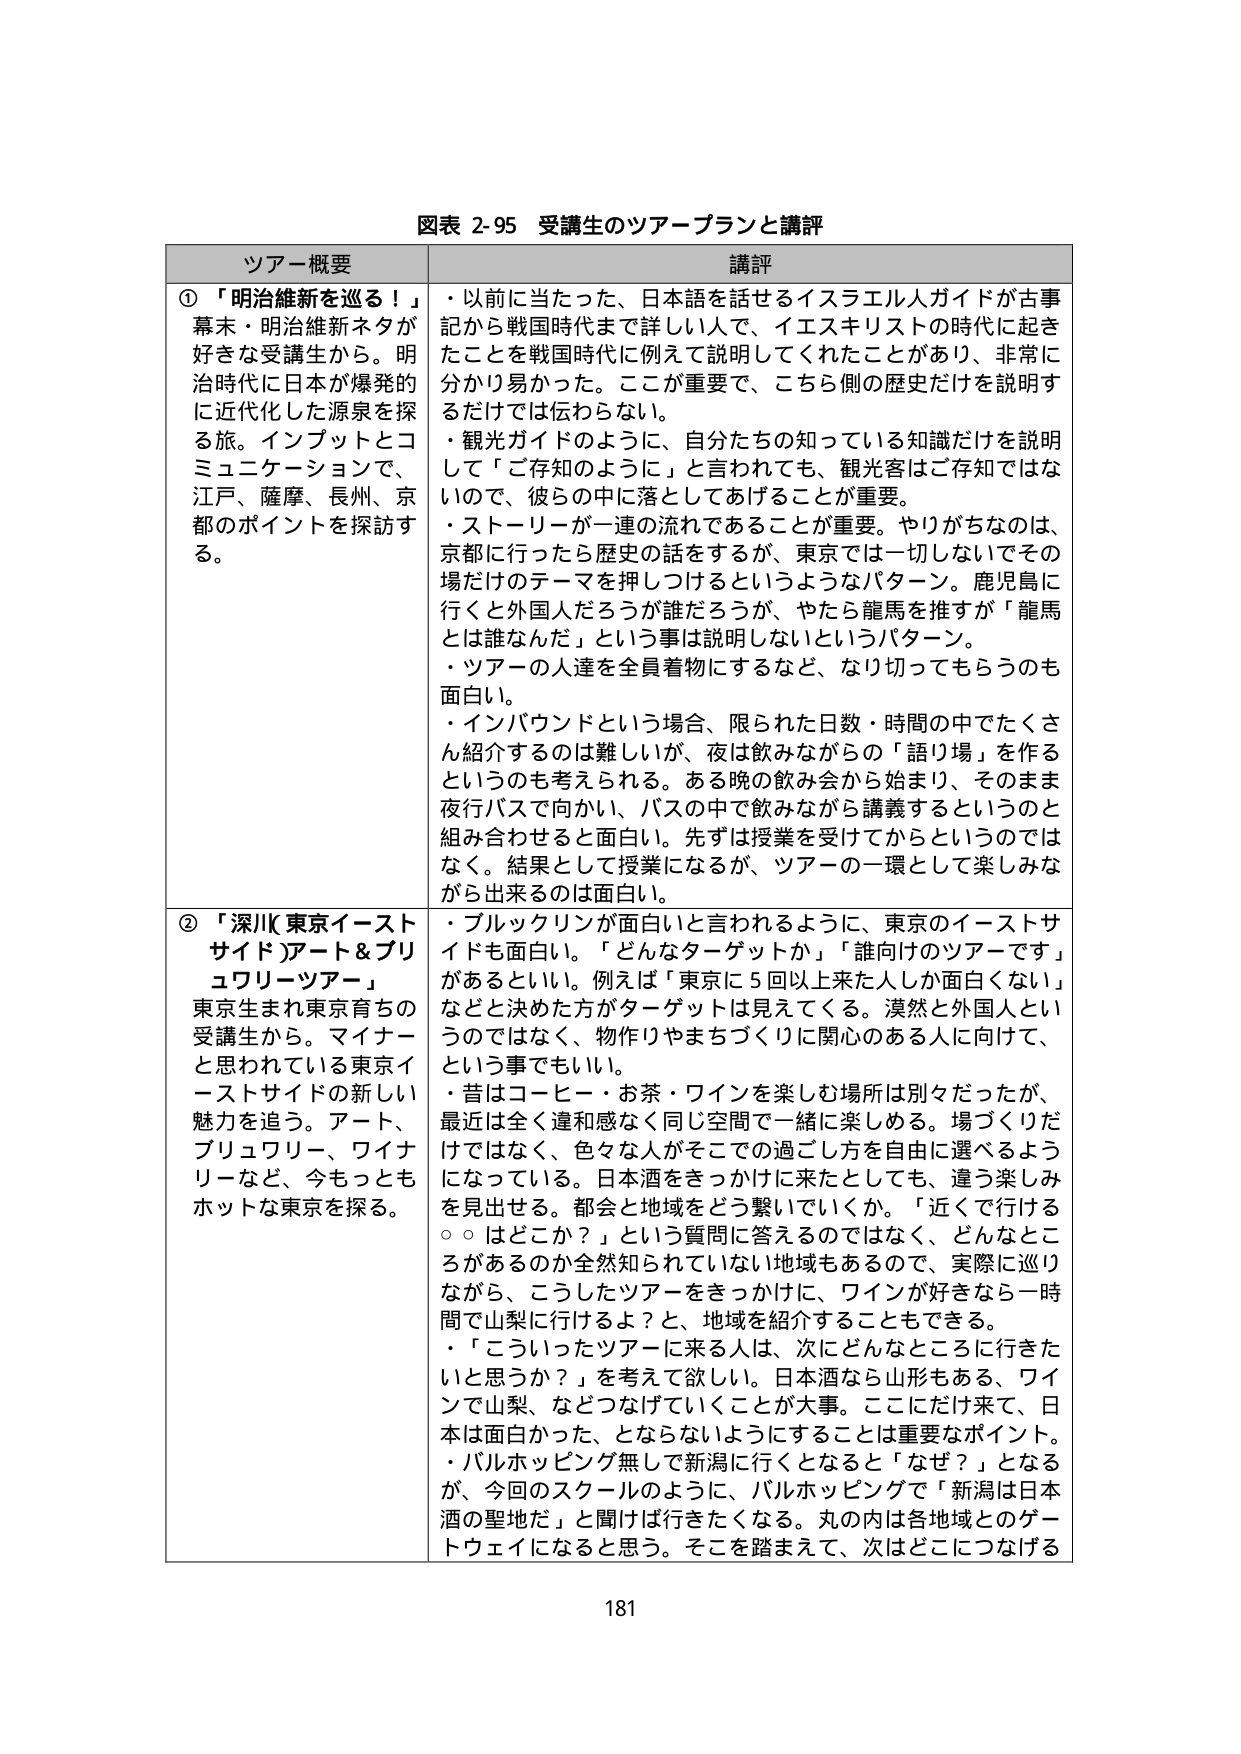
図表 2-95 受講生のツアープランと講評

ツアーコ概要 講評

①「明治維新を巡る！」
幕末・明治維新ネタが
好きな受講生から。明
治時代に日本が爆発的
に近代化した源泉を探
る旅。インプットとコ
ミュニケーションで、
江戸、薩摩、長州、京
都のポイントを探訪す
る。

・以前に当たった、日本語を話せるイスラエル人ガイドが古事
記から戦国時代まで詳しい人で、イエスキリストの時代に起き
たことを戦国時代に例えて説明してくれたことがあり、非常に
分かり易かった。ここが重要で、こちら側の歴史だけを説明す
るだけでは伝わらない。
・観光ガイドのように、自分たちの知っている知識だけを説明
して「ご存知のように」と言われても、観光客はご存知ではな
いので、彼らの中に落としてあげることが重要。
・ストーリーが一連の流れであることが重要。やりがちなのは、
京都に行ったら歴史の話をするが、東京では一切しないでその
場だけのテーマを押しつけるというようなパターン。鹿児島に
行くと外国人だろうが誰だろうが、やたら龍馬を推すが「龍馬
とは誰なんだ」という事は説明しないというパターン。
・ツアーの人達を全員着物にするなど、なり切ってもらうのも
面白い。
・インバウンドという場合、限られた日数・時間の中でたくさ
ん紹介するのは難しいが、夜は飲みながらの「語り場」を作る
というのも考えられる。ある晩の飲み会から始まり、そのまま
夜行バスで向かい、バスの中で飲みながら講義するというのと
組み合わせると面白い。先ずは授業を受けてからというのでは
なく、結果として授業になるが、ツアーの一環として楽しみな
がら出来るのは面白い。

②「深川(東京イースト
サイド)アート＆ブリ
ュワリーツアー」
東京生まれ東京育ちの
受講生から。マイナー
と思われている東京イ
ーストサイドの新しい
魅力を追う。アート、
ブリュワリー、ワイナ
リーなど、今もっとも
ホットな東京を探る。

・ブルックリンが面白いと言われるように、東京のイーストサ
イドも面白い。「どんなターゲットか」「誰向けのツアーです」
があるといい。例えば「東京に5回以上来た人しか面白くない」
などと決めた方がターゲットは見えてくる。漠然と外国人とい
うのではなく、物作りやまちづくりに関心のある人に向けて、
という事でもいい。
・昔はコーヒー・お茶・ワインを楽しむ場所は別々だったが、
最近は全く違和感なく同じ空間で一緒に楽しめる。場づくりだ
けではなく、色々な人がそこでの過ごし方を自由に選べるよう
になっている。日本酒をきっかけに来たとしても、違う楽しみ
を見出せる。都会と地域をどう繋いでいくか。「近くで行ける
○○はどこか？」という質問に答えるのではなく、どんなとこ
ろがあるのか全然知られていない地域もあるので、実際に巡り
ながら、こうしたツアーをきっかけに、ワインが好きなら一時
間で山梨に行けるよ？と、地域を紹介することもできる。
・「こういったツアーに来る人は、次にどんなところに行きた
いと思うか？」を考えて欲しい。日本酒なら山形もある、ワイ
ンでは山梨、などつなげていくことが大事。ここにだ前来て、日
本は面白かった、とならないようにすることが重要なポイント。
・バルホッピング無しで新潟に行くとなると「なぜ？」となる
が、今回のスクールのように、バルホッピングで「新潟は日本
酒の聖地だ」と聞けば行きたくなる。丸の内は各地域とのゲー
トウェイになると思う。そこを踏まえて、次はどこにつなげる

181